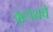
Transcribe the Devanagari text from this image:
कुटायचे